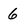
Character: 6